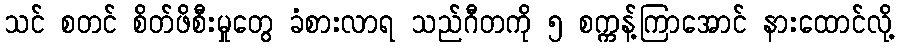
သင် စတင် စိတ်ဖိစီးမှုတွေ ခံစားလာရ သည်ဂီတကို ၅ စက္ကန့်ကြာအောင် နားထောင်လို့